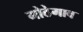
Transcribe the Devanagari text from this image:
मोठेगाव